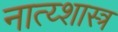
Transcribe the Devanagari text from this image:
नात्य्शास्त्र